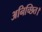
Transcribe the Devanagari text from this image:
अनिच्छित।